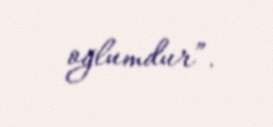
oğlumdur”.